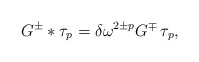
\begin{align*}G^\pm * \tau_p = \delta\omega^{2\pm p}G^\mp\,\tau_p ,\end{align*}